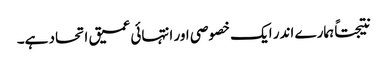
نتیجتاً ہمارے اندر ایک خصوصی اور انتہائی عمیق اتحاد ہے۔